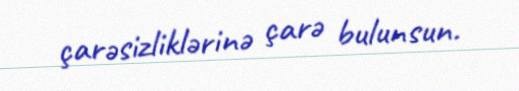
çarəsizliklərinə çarə bulunsun.